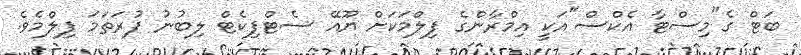
ބަޓް ގެ"މިސްޓާ އެކްސް"އަކީ އިމްރާންގެ ފިލްމަކަށް ޔޫއޭ ސެޓްފިކެޓް ލިބުނު ފުރަތަމަ ފިލްމެވެ.